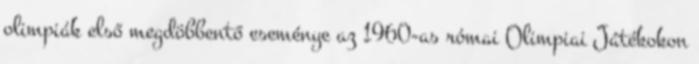
olimpiák első megdöbbentő eseménye az 1960-as római Olimpiai Játékokon